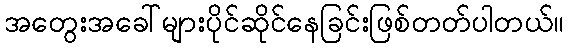
အတွေးအခေါ်များပိုင်ဆိုင်နေခြင်းဖြစ်တတ်ပါတယ်။